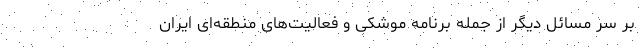
بر سر مسائل دیگر از جمله برنامه موشکی و فعالیت‌های منطقه‌ای ایران